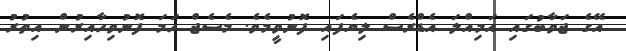
އޭގެ ޖަވާބުގައި އަމިއްލަ އެޑްރެސް ލިޔެފައި ފޮނުވީމެވެ. މެސެޖް ހަމަ ފޮނުވިހާއިރުން އިތުރު